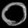
Digit: ၀